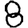
Digit: 8